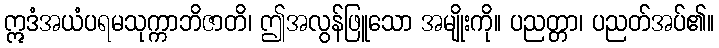
ဣဒံအယံပရမသုက္ကာဘိဇာတိ၊ ဤအလွန်ဖြူသော အမျိုးကို။ ပညတ္တာ၊ ပညတ်အပ်၏။